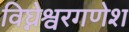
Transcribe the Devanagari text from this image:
विघ्नेश्वरगणेश